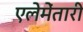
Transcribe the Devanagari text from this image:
एलेमेंतारी